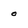
Character: o